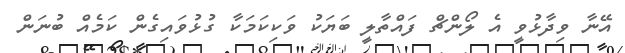
އޭނާ ވިދާޅުވީ އެ ލޯންޗް ފައްތާލީ ބަޔަކު ވަކިކަމަކާ ގުޅުވައިގެން ކަމެއް ބުނަން